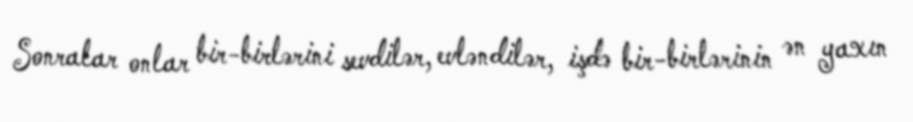
Sonralar onlar bir-birlərini sevdilər, evləndilər, işdə bir-birlərinin ən yaxın